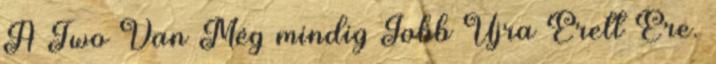
A Two Van Még mindig Jobb Újra Érett Ére.